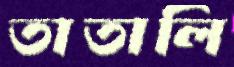
তাতালি